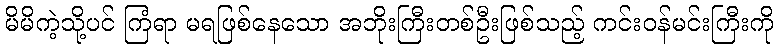
မိမိကဲ့သို့ပင် ကြံရာ မရဖြစ်နေသော အဘိုးကြီးတစ်ဦးဖြစ်သည့် ကင်းဝန်မင်းကြီးကို